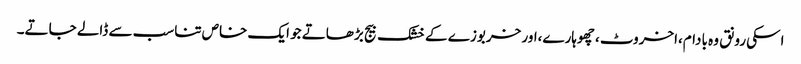
اسکی رونق وہ بادام،اخروٹ ،چھوہارے،اور خربوزے کے خشک بیج بڑھاتے جو ایک خاص تناسب سے ڈالے جاتے۔